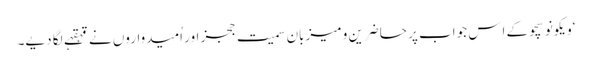
‘ویکونوسچو کے اِس جواب پر حاضرین و میزبان سمیت ججز اور اُمیدواروں نے قہقہے لگا دیے۔